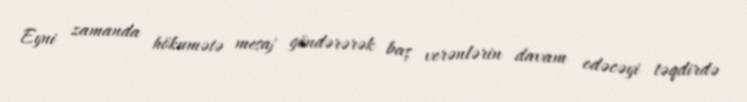
Eyni zamanda hökumətə mesaj göndərərək baş verənlərin davam edəcəyi təqdirdə